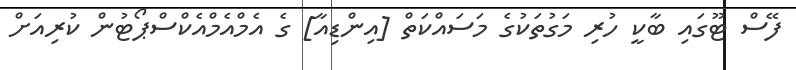
ފޭސް ޓޫގައި ބާކީ ހުރި މަގުތަކުގެ މަސައްކަތް [އިންޑިއާ] ގެ އެމްއެމްއެކްސްޕޯޓުން ކުރިއަށް